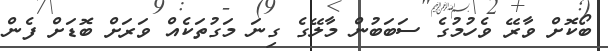
ބޯކޮށް ވާރޭ ވެހުމުގެ ސަބަބުން މާލޭގެ ގިނަ މަގުތަކެއް ވަރަށް ބޮޑަށް ފެން